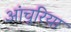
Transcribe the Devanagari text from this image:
आंचुरिया